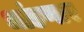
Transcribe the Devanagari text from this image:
भांडणार